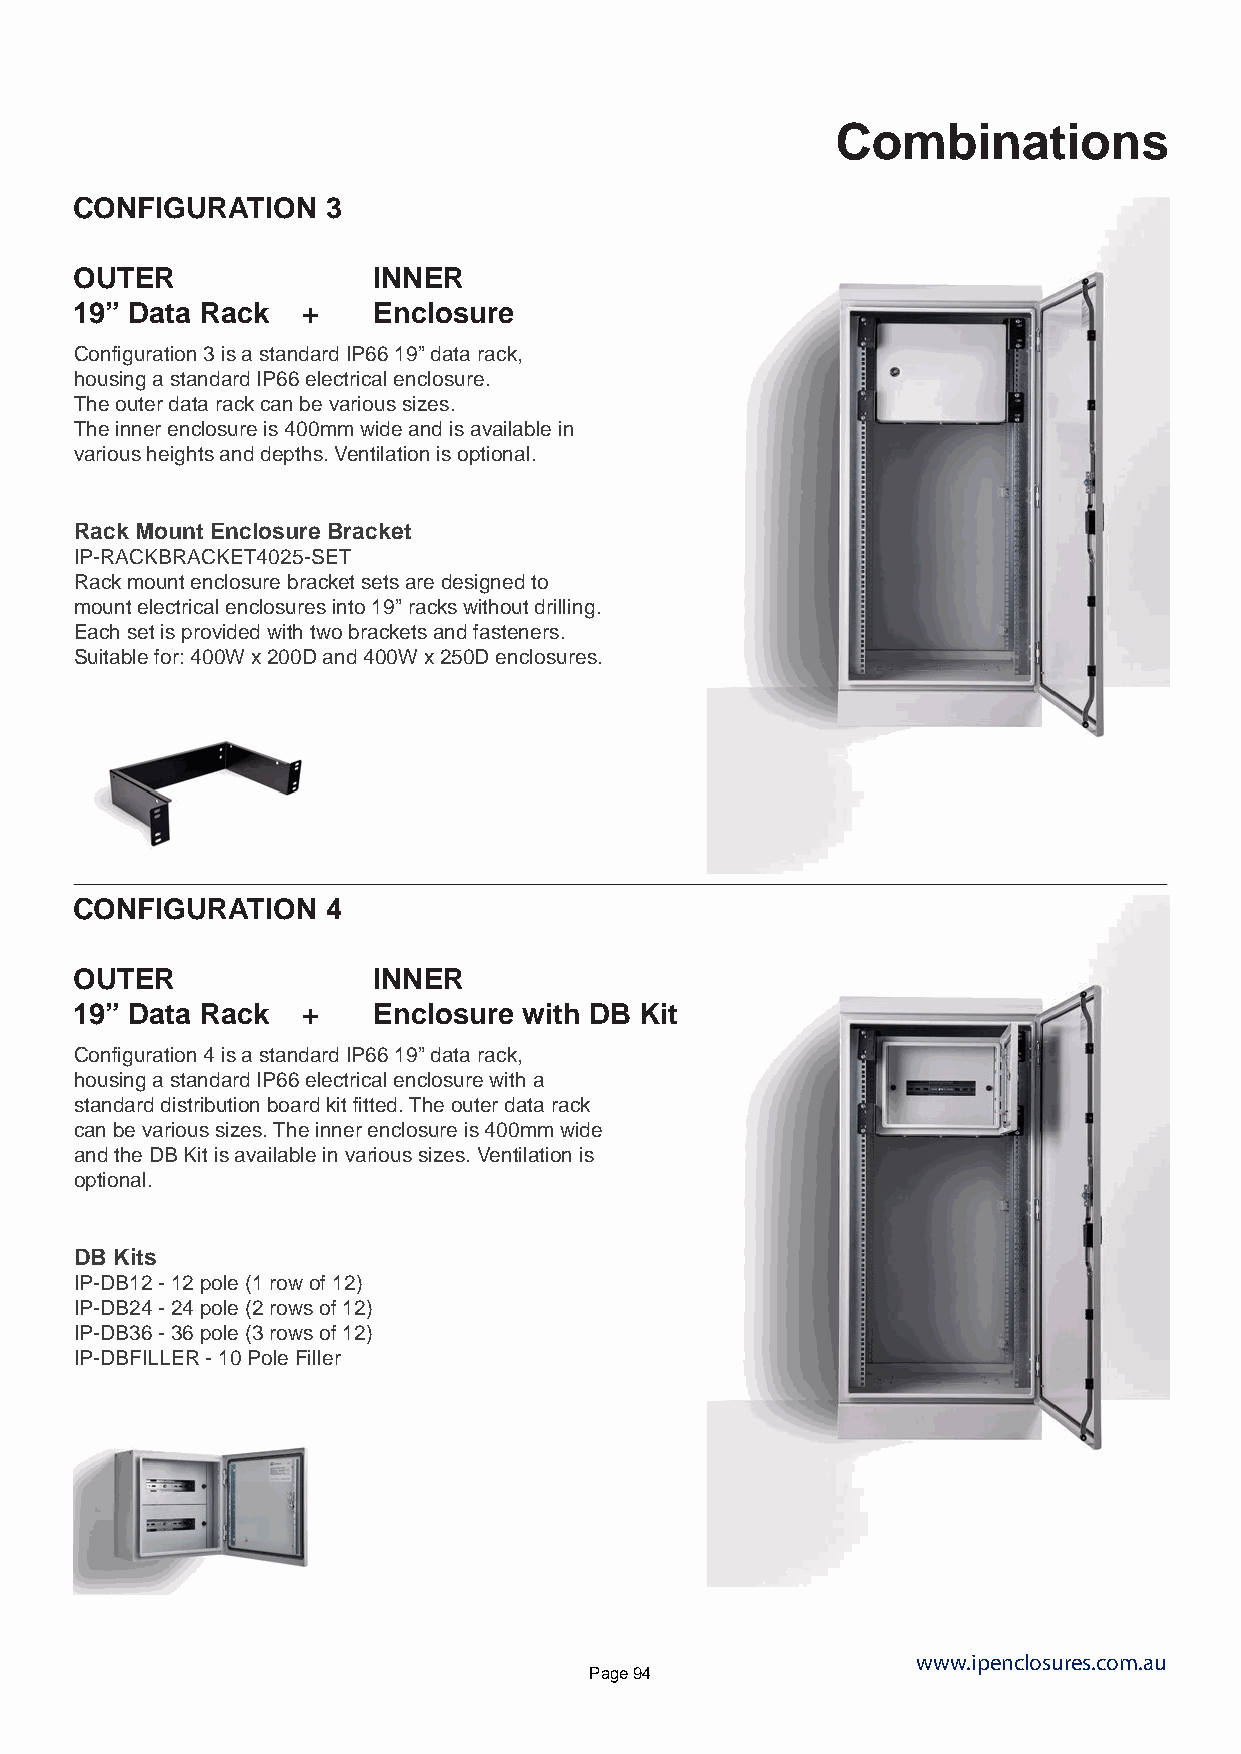
Combinations
 CONFIGURATION    3
 OUTER               INNER
 19” Data Rack  +    Enclosure
 Configuration 3 is a standard IP66 19” data rack,
 housing a standard IP66 electrical enclosure.
 The outer data rack can be various sizes.
 The inner enclosure is 400mm wide and is available in
 various heights and depths. Ventilation is optional.
 Rack Mount Enclosure Bracket
 IP-RACKBRACKET4025-SET
 Rack mount enclosure bracket sets are designed to
 mount electrical enclosures into 19” racks without drilling.
 Each set is provided with two brackets and fasteners.
 Suitable for: 400W x 200D and 400W x 250D enclosures.
 CONFIGURATION    4
 OUTER               INNER
 19” Data Rack  +    Enclosure with DB Kit
 Configuration 4 is a standard IP66 19” data rack,
 housing a standard IP66 electrical enclosure with a
 standard distribution board kit fitted. The outer data rack
 can be various sizes. The inner enclosure is 400mm wide
 and the DB Kit is available in various sizes. Ventilation is
 optional.
 DB Kits
 IP-DB12 - 12 pole (1 row of 12)
 IP-DB24 - 24 pole (2 rows of 12)
 IP-DB36 - 36 pole (3 rows of 12)
 IP-DBFILLER - 10 Pole Filler
 www.ipenclosures.com.au
 Page 94